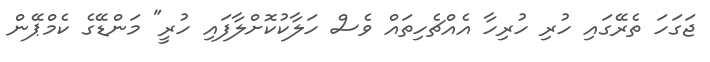
ޖަގަހަ ތެރޭގައި ހުރި ހުރިހާ އެއްޗެހިތައް ވެސް ހަލާކުކޮށްލާފައި ހުރީ" މަންޑޭގެ ކެމްޕޭން